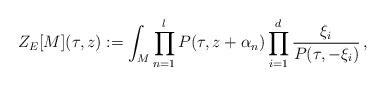
LaTeX: \begin{align*} Z_E[M](\tau,z):=\int_M \prod_{n=1}^lP(\tau,z+\alpha_n)\prod_{i=1}^d\frac{\xi_i}{ P(\tau,-\xi_i)}\,,\end{align*}